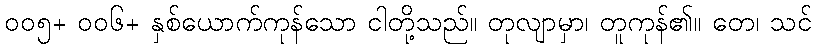
၀၀၅+ ၀၀၆+ နှစ်ယောက်ကုန်သော ငါတို့သည်။ တုလျာမှာ၊ တူကုန်၏။ တေ၊ သင်